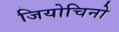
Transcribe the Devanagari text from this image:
जियोचिनो